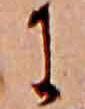
に